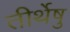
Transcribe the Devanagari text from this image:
तीर्थेषु